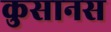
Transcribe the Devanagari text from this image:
कुसानस